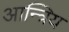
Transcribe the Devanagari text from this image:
आन्त्रिय